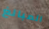
المبالغ